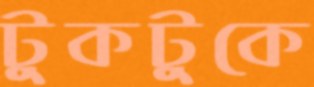
টুকটুকে